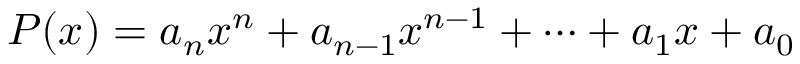
P ( x ) = a _ { n } x ^ { n } + a _ { n - 1 } x ^ { n - 1 } + \cdots + a _ { 1 } x + a _ { 0 }